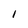
Character: l